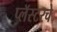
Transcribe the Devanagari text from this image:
प्लॅस्टरचे